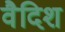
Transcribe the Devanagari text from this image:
वैदिश